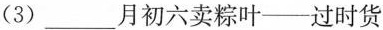
(3) ___月初六卖粽叶——过时货